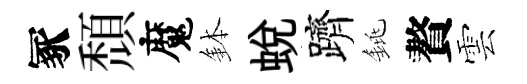
冢頹魔鉢蛻躋銚贅雲